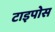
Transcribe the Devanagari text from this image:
टाइपोस